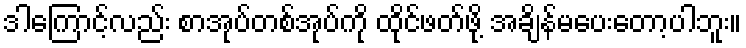
ဒါကြောင့်လည်း စာအုပ်တစ်အုပ်ကို ထိုင်ဖတ်ဖို့ အချိန်မပေးတော့ပါဘူး။